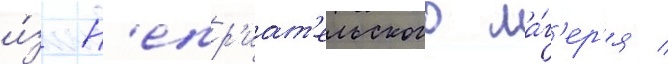
и́з н'епр'иат'ельского ла́г'ер'я /